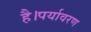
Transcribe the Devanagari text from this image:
है।पर्यावरण